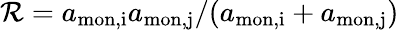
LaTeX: {\mathcal{R}=a_{\mathrm{{mon,i}}}a_{\mathrm{{mon,j}}}/(a_{\mathrm{{mon,i}}}+a_{\mathrm{{mon,j}}})}